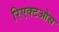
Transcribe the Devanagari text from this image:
रिएक्टओस